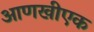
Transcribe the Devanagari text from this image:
आणखीएक